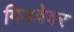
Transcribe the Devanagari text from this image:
मिडवेवर